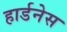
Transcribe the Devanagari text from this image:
हार्डनेस